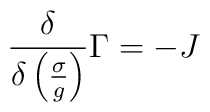
\frac{\delta}{\delta\left(\frac{\sigma}{g}\right)}\Gamma=-J